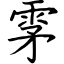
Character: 雺